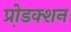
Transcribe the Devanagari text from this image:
प्रो़डक्शन